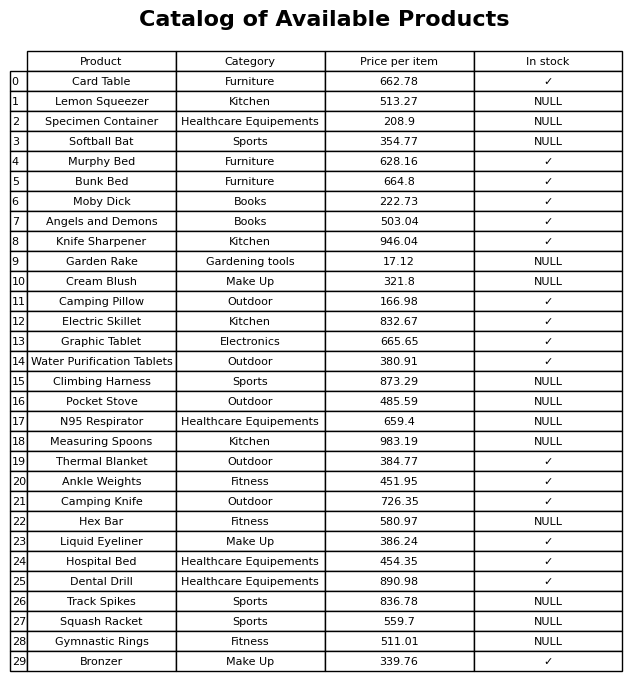
question: What category does the Water Purification Tablets belong to?
answer: Outdoor